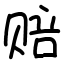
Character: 赔